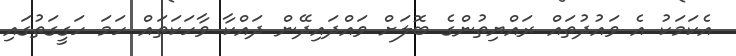
އެކަމަކު އެ ވައުދުތައް ރައްޔިތުންގެ ބޮލަށް ވައްދައިދޭން ދައްކާ ވާހަކަތައް ހަމަ ހަގީގަތުުގައި